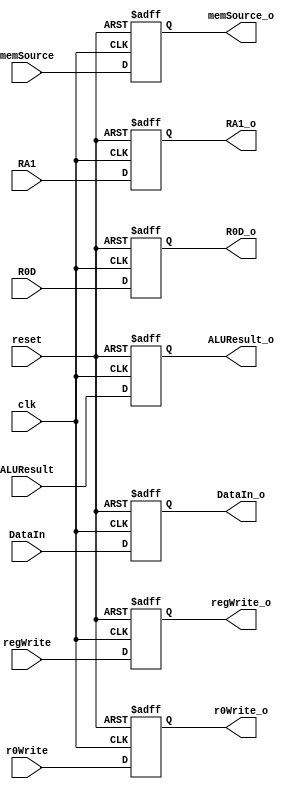
module MEMWBBuffer(clk,reset,regWrite,r0Write,memSource,RA1,ALUResult,DataIn,R0D,regWrite_o,r0Write_o,memSource_o,RA1_o,ALUResult_o,DataIn_o,R0D_o);
	input clk,reset,regWrite,r0Write,memSource;
	input[3:0] RA1;
	input[15:0] ALUResult,DataIn,R0D;

	output reg regWrite_o,r0Write_o,memSource_o;
	output reg[3:0] RA1_o;
	output reg[15:0] ALUResult_o,DataIn_o,R0D_o;

	always @(posedge clk or negedge reset) begin
		if (!reset) begin
			regWrite_o <= 0;
			r0Write_o <= 0;
			memSource_o <= 0;
			RA1_o <= 0;
			ALUResult_o <= 0;
			DataIn_o <= 0;
			R0D_o <= 0;
		end
		else begin
			regWrite_o <= regWrite;
			r0Write_o <= r0Write;
			memSource_o <= memSource;
			RA1_o <= RA1;
			ALUResult_o <= ALUResult;
			DataIn_o <= DataIn;
			R0D_o <= R0D;
		end
	end
endmodule